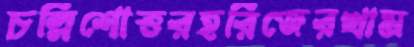
চল্লিশোত্তরহরিজেরখাম